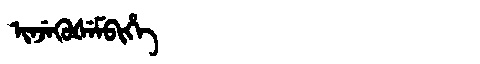
Manchu: ᡳᠨᠵᡝᡴᡠᡧᡝᠮᠪᡳᡥᡝ
Romanization: INJEKUŠEMBIHE